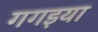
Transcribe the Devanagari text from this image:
गगइया